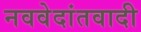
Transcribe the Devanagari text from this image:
नववेदांतवादी